system: You are a helpful assistant.
user:
Analyze the provided spectrum to determine if it is a **"Cataclysmic Variables (CV)"**.

- **Key Indicators for CV (Check for either state):**
    - **State 1: Quiescent / Low-State (Emission-Dominated)**
        - **(Primary):** Strong and *very broad* Hydrogen Balmer emission lines (e.g., $H\alpha$ at 6563 Å, $H\beta$ at 4861 Å). The 'broadness' (high velocity dispersion, often FWHM > 1000 km/s) is the key diagnostic, indicating a high-velocity accretion disk.
        - **(Secondary):** Broad neutral Helium (He I) emission lines (e.g., 5876 Å, 6678 Å).
        - **(Key Confirmation):** Presence of high-excitation *ionized* Helium (He II) emission at 4686 Å. This is a strong indicator of accretion onto a white dwarf.
        - **(Line Profile):** Emission lines may exhibit a 'double-peaked' profile, which is a classic signature of a rotating accretion disk viewed at high inclination.

    - **State 2: Outburst / High-State (Absorption-Dominated)**
        - **(Primary):** Spectrum is dominated by a bright, blue continuum (looks like a hot star).
        - **(Secondary):** The emission lines from State 1 are weak, absent, or 'filled in', and are replaced by broad, shallow *absorption* lines (primarily Balmer and He I).
        - **(Morphology):** The overall spectrum mimics a hot B/A-type star. The crucial difference is that the absorption lines are significantly broader, shallower, and more 'washed-out' (or 'smeared') than the sharp lines of a normal stellar photosphere, due to high rotational speeds and pressure broadening in the disk.

Think first, call **spectral_visualization_tool** if needed to examine features in detail, then provide your final answer. Your response must adhere to the following strict rules:
1.  **Overall Structure:** Your response must follow the format `<think>...</think> <tool_call>...</tool_call> (if a tool is used) <answer>...</answer>`.
2.  **Tool Usage Constraint:** You may only make **one** tool call per turn.
3.  **Final Answer Format:** In the `<answer>` tag, your conclusion must be inside a `\boxed{}` command (e.g., `\boxed{YES}`), followed by your justification.

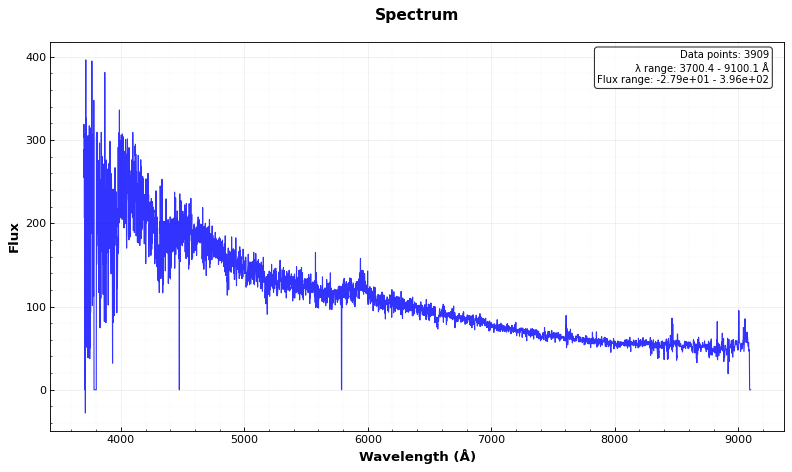
Answer: NO